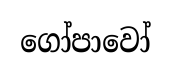
ගෝපාවෝ